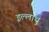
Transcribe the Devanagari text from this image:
इल्लाथु